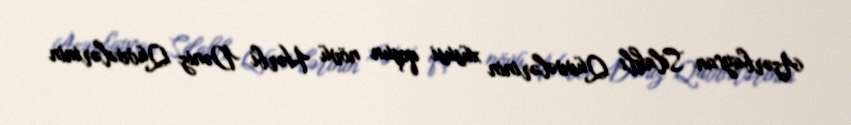
Azərbaycan Silahlı Qüvvələrinin xüsusi qoşun növü Hərbi Dəniz Qüvvələrinin